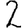
Digit: 2